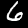
Label: 6